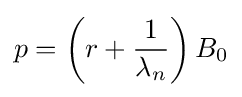
p=\left(r+{\frac {1}{\lambda _{n}}}\right)B_{0}